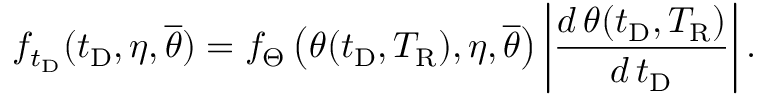
f _ { t _ { \mathrm { D } } } ( t _ { \mathrm { D } } , \eta , \overline { { \theta } } ) = f _ { \Theta } \left( \theta ( t _ { \mathrm { D } } , T _ { \mathrm { R } } ) , \eta , \overline { { \theta } } \right) \left| \frac { d \, \theta ( t _ { \mathrm { D } } , T _ { \mathrm { R } } ) } { d \, t _ { \mathrm { D } } } \right| .